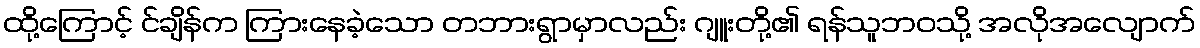
ထို့ကြောင့် င်ချိန်က ကြားနေခဲ့သော တဘားရွာမှာလည်း ဂျူးတို့၏ ရန်သူဘဝသို့ အလိုအလျောက်